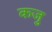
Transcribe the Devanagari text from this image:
कजु